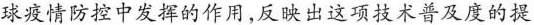
球疫情防控中发挥的作用,反映出这项技术普及度的提